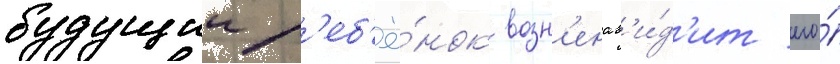
будущии р'еб'ё́нок возн'енав'и́д'ит его́